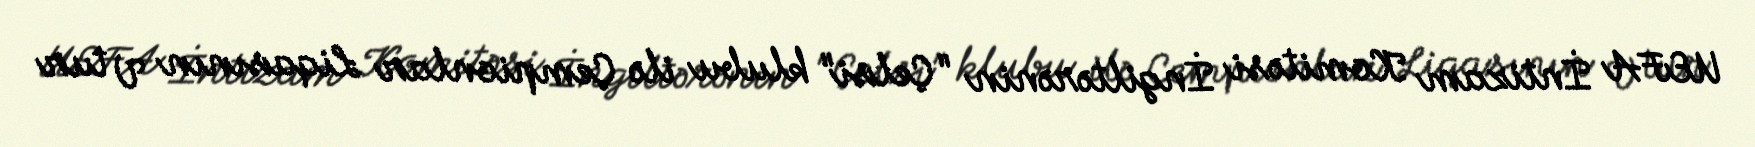
UEFA İntizam Komitəsi İngiltərənin "Çelsi" klubu ilə Çempionlar Liqasının V tur